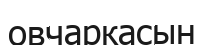
овчаркасын